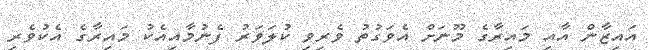
އައިޒާން އާއި މައިރާގެ މޫނަށް އެވަގުތު ވެރިވި ކުލަވަރު ފެނުމާއިއެކު މައިރާގެ އެކުވެރި